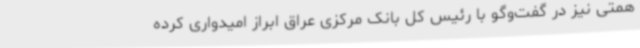
همتی نیز در گفت‌وگو با رئیس کل بانک مرکزی عراق ابراز امیدواری کرده